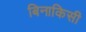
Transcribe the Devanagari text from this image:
बिनाकिसी